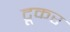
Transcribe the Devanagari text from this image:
टूकर